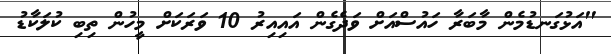
"އަޅުގަނޑުމެން މާބަރާ ހައުސްއަށް ވަދެގެން އައިއިރު 10 ވަރަކަށް މީހުން ތިބި ކުލަކާޑު